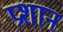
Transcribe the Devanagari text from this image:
प्रशान